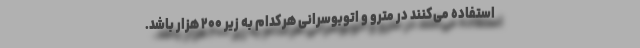
استفاده می‌کنند در مترو و اتوبوسرانی هرکدام به زیر ۲۰۰ هزار باشد.